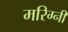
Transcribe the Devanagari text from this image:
मरिग्नी